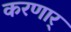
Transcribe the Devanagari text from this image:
करणार्